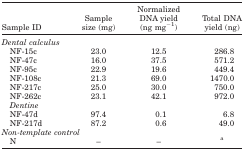
| Sample ID | Sample size (mg) | Normalized DNA yield (ng mg−1) | Total DNA yield (ng) |
 | --- | --- | --- | --- |
 | Dental calculus |  |  |  |
 | NF‐15c | 23.0 | 12.5 | 286.8 |
 | NF‐47c | 16.0 | 37.5 | 571.2 |
 | NF‐95c | 22.9 | 19.6 | 449.4 |
 | NF‐108c | 21.3 | 69.0 | 1470.0 |
 | NF‐217c | 25.0 | 30.0 | 750.0 |
 | NF‐262c | 23.1 | 42.1 | 972.0 |
 | Dentine |  |  |  |
 | NF‐47d | 97.4 | 0.1 | 6.8 |
 | NF‐217d | 87.2 | 0.6 | 49.0 |
 | <COLSPAN=4> Non‐template control |
 | N | – | – | a |